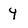
Character: 4